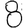
Digit: 8